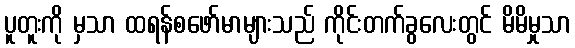
ပူတူးကို မှသာ ထရန်စဖော်မာများသည် ကိုင်းတက်ခွလေးတွင် မိမိမှုသာ